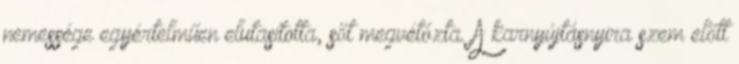
nemessége egyértelműen elutasította, sőt megvétózta. A karnyújtásnyira szem előtt